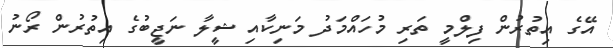
އޭގެ އިތުރުން ފިލްމީ ތަރި މުހައްމަދު މަނިކާއި ޝީލާ ނަޖީބުގެ އިތުރުން ރޯނު